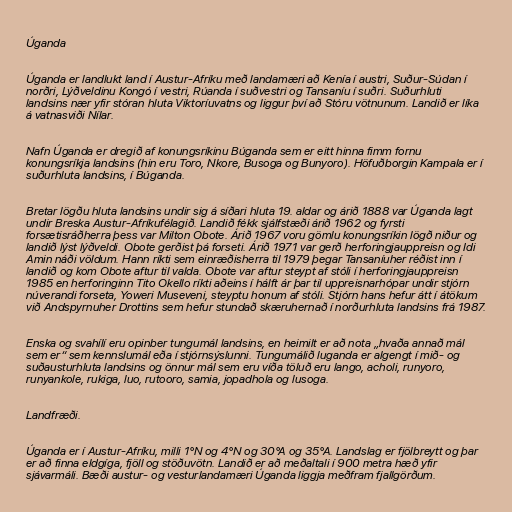
Úganda

Úganda er landlukt land í Austur-Afríku með landamæri að Kenía í austri, Suður-Súdan í
norðri, Lýðveldinu Kongó í vestri, Rúanda í suðvestri og Tansaníu í suðri. Suðurhluti
landsins nær yfir stóran hluta Viktoríuvatns og liggur því að Stóru vötnunum. Landið er líka
á vatnasviði Nílar.

Nafn Úganda er dregið af konungsríkinu Búganda sem er eitt hinna fimm fornu
konungsríkja landsins (hin eru Toro, Nkore, Busoga og Bunyoro). Höfuðborgin Kampala er í
suðurhluta landsins, í Búganda.

Bretar lögðu hluta landsins undir sig á síðari hluta 19. aldar og árið 1888 var Úganda lagt
undir Breska Austur-Afríkufélagið. Landið fékk sjálfstæði árið 1962 og fyrsti
forsætisráðherra þess var Milton Obote. Árið 1967 voru gömlu konungsríkin lögð niður og
landið lýst lýðveldi. Obote gerðist þá forseti. Árið 1971 var gerð herforingjauppreisn og Idi
Amin náði völdum. Hann ríkti sem einræðisherra til 1979 þegar Tansaníuher réðist inn í
landið og kom Obote aftur til valda. Obote var aftur steypt af stóli í herforingjauppreisn
1985 en herforinginn Tito Okello ríkti aðeins í hálft ár þar til uppreisnarhópar undir stjórn
núverandi forseta, Yoweri Museveni, steyptu honum af stóli. Stjórn hans hefur átt í átökum
við Andspyrnuher Drottins sem hefur stundað skæruhernað í norðurhluta landsins frá 1987.

Enska og svahílí eru opinber tungumál landsins, en heimilt er að nota „hvaða annað mál
sem er“ sem kennslumál eða í stjórnsýslunni. Tungumálið luganda er algengt í mið- og
suðausturhluta landsins og önnur mál sem eru víða töluð eru lango, acholi, runyoro,
runyankole, rukiga, luo, rutooro, samia, jopadhola og lusoga.

Landfræði.

Úganda er í Austur-Afríku, milli 1°N og 4°N og 30°A og 35°A. Landslag er fjölbreytt og þar
er að finna eldgíga, fjöll og stöðuvötn. Landið er að meðaltali í 900 metra hæð yfir
sjávarmáli. Bæði austur- og vesturlandamæri Úganda liggja meðfram fjallgörðum.